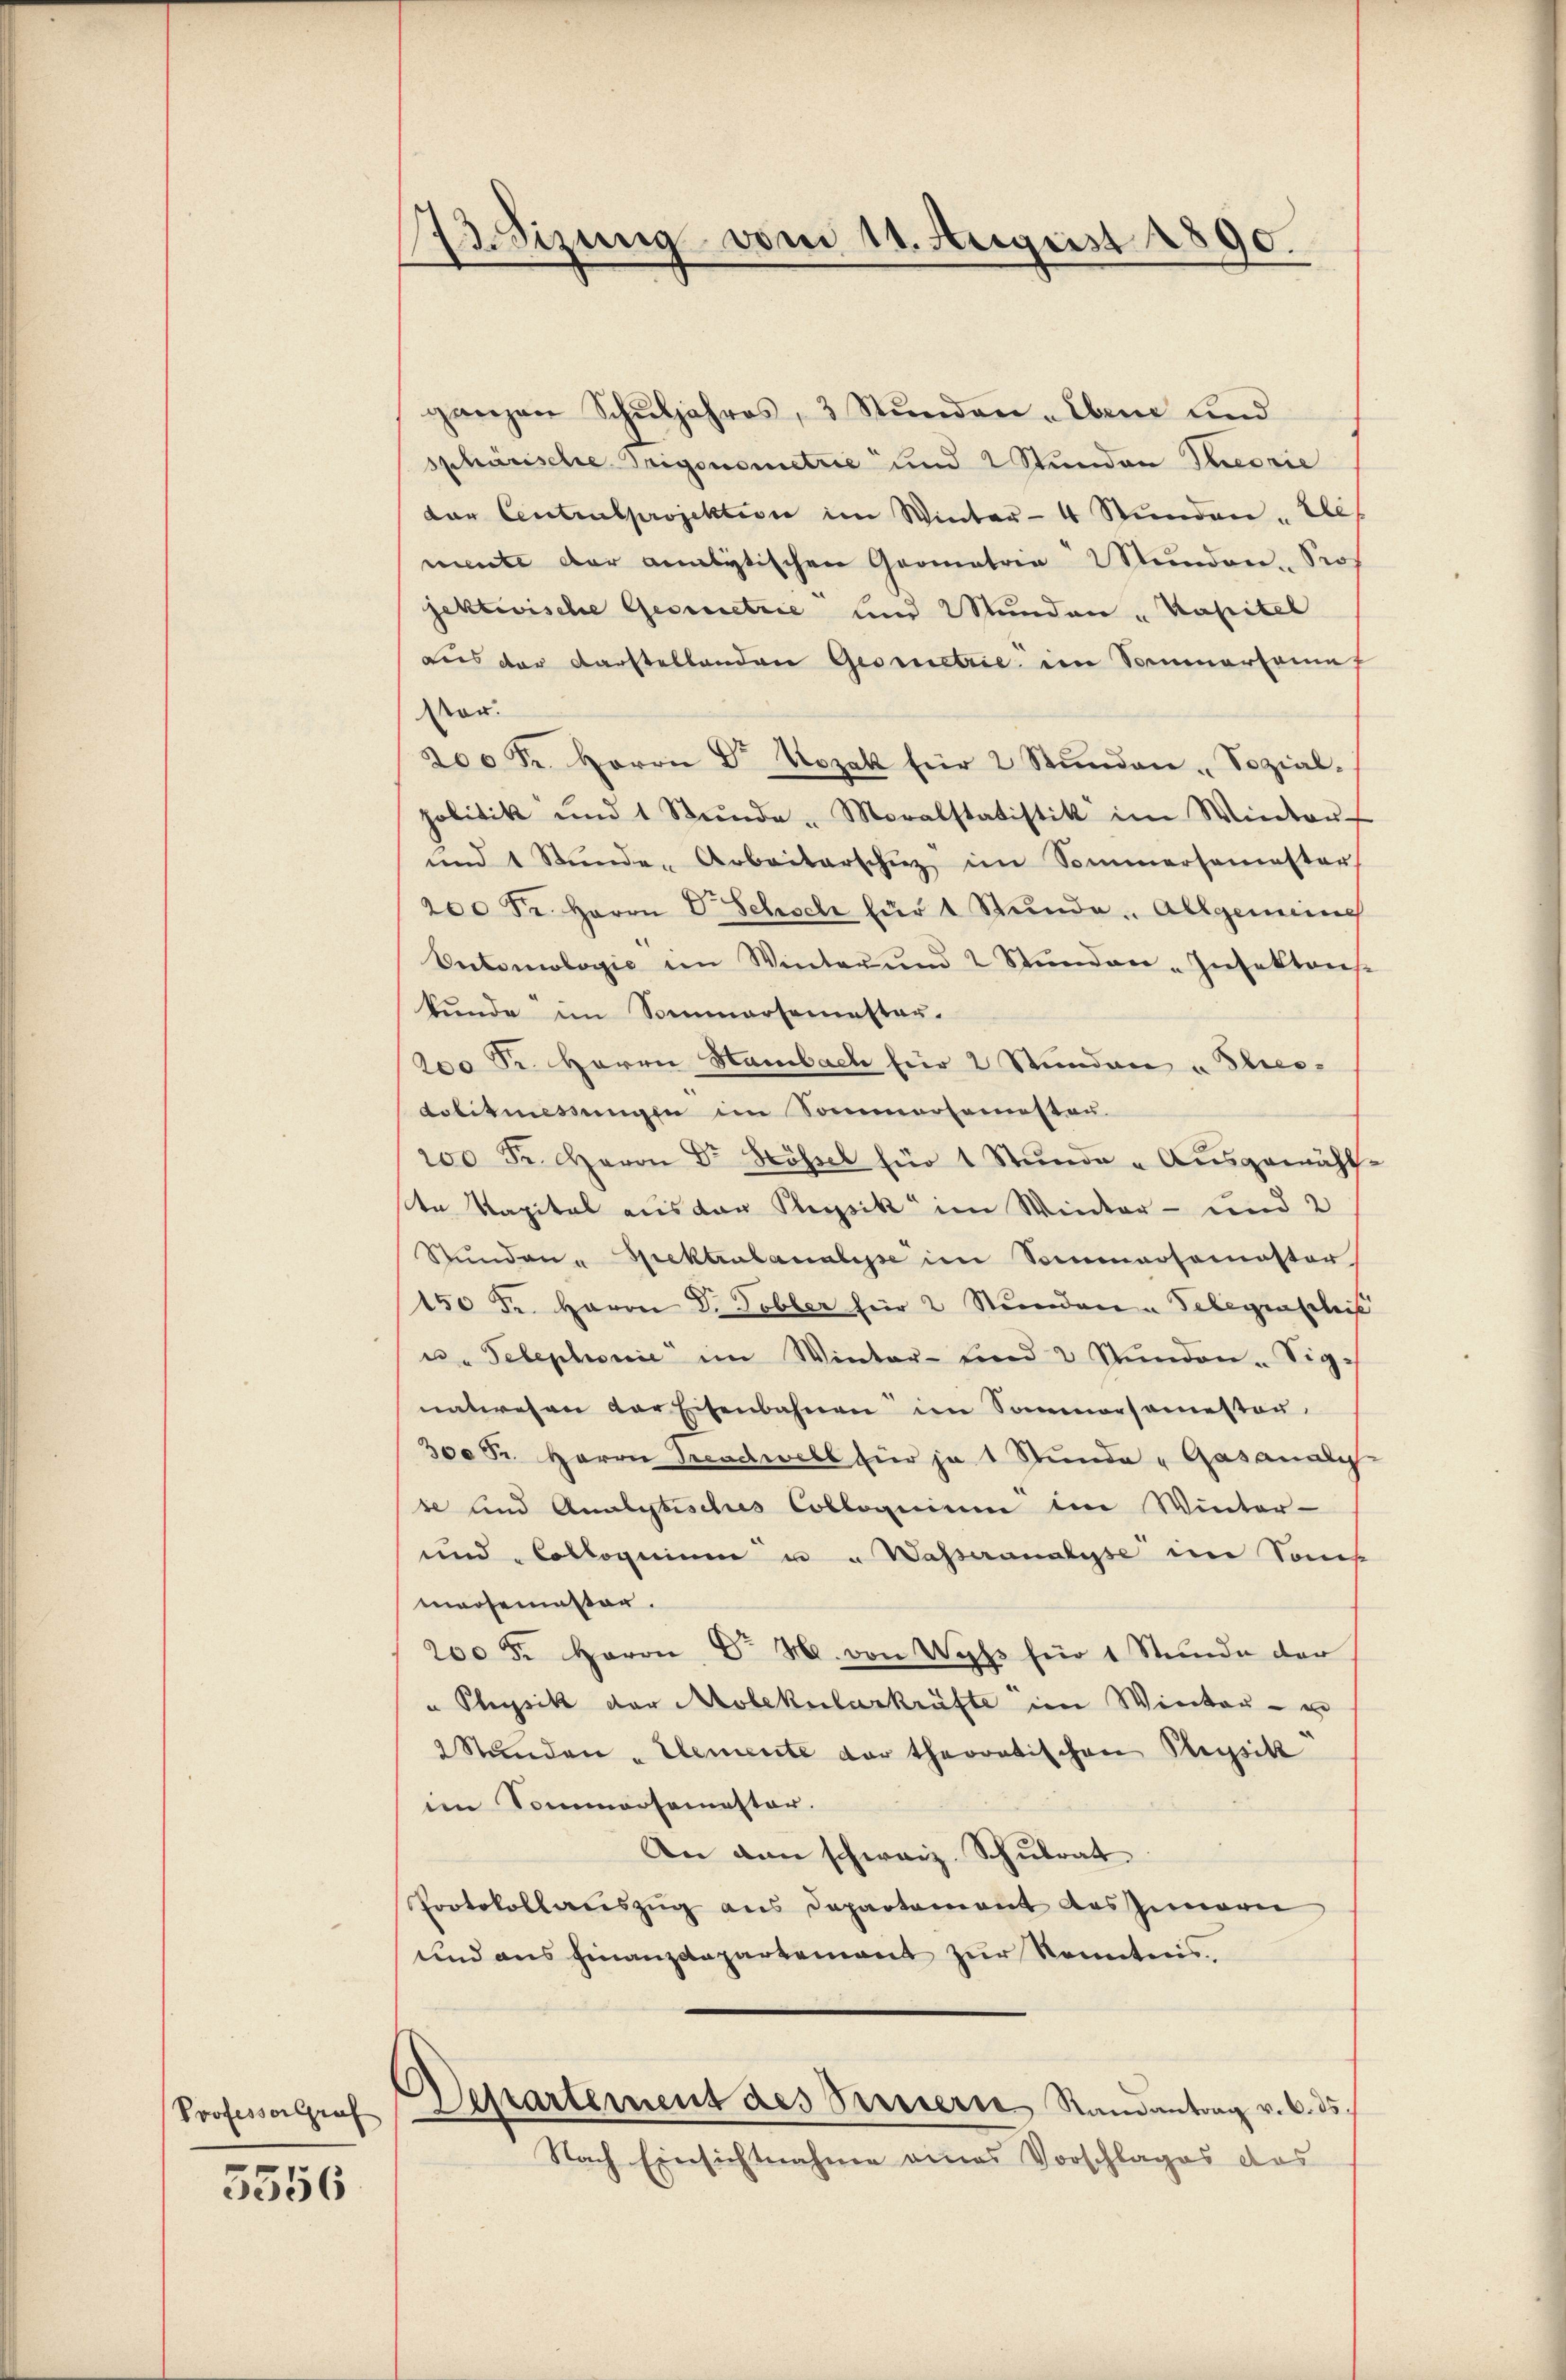
Professor Graf

5556

13. Sizung vom 11. August 1890.

ganzen Schŭljahres, 3 Stŭnden Eben und
sphärische Trigonometrie und 2 Stunden Theorie
der Centrulprojektion im Winter- 4 Stunden. Dies
mente der analytischen Gromatria Münden. Prof
jektivische Gesinnetrie und 2 Stunden „Kapitel
aus der Darstellanden Geometrie im Sommertain
Vor.
200 Fr. Herrn Dr Kozak für 2 Stŭnden Sozial-
politik und 1 Stŭnde - Moralstatistik im Winter-
und 1 Stunde Arbeiterschuz im Sommersamester
200 Fr. Herrn V. Schisch für 1 Stunde. Allgemeine
Entomologie im Winter und 2 Stŭnden-Insektons-
kunde im Sommersemester.
200 Sr. Herrn Hambach für 2 Stunden u Theo-
Lobitmessungen im Sommersamestaŭ.
200 Fr. Baron Dr. Kössel für 1 Stŭnde - Aŭsgemächt-
en Kapital aus der Physik im Winter- und 2
Stŭnden - Spektrulanalisse im Sommersemester
150 Fr. Herrn Dr. Tobler hier 2 Stundenen Telegenschrif
u. Telephonie" im Winter- und 2 Stŭnden-Signatwesen der Eisenbahnen im Sommersamester.
300 Fr. Herrn Freudwell für je 1 Stunde Gasanaly
se und Analytisches Colloquium in Winter-
und Colloquium u u Wasseranalyse im Sons
marseninster.
200 Fr. Herrn Dr. M. von Wyss für 1 Stunde der
" Physik der Molekularkräfte im Winter- u
2 Stŭnden - Elemente dar theoretischen Beysik
im Sommersemester.
An den schweiz. Schulrat
Protokollauszug aus Departement des Innern
und aus Finanzdepartement zur Kenntnis.
Departement des Servierte Randantrag v. 6. ds.
Nach Einsichtnahme eines Vorschlages das